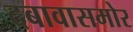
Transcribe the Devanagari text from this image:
दबावासमोर